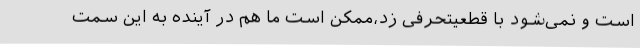
است و نمی‌شود با قطعیتحرفی زد،ممکن است ما هم در آینده به این سمت